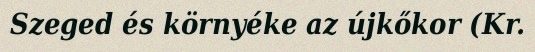
Szeged és környéke az újkőkor (Kr.